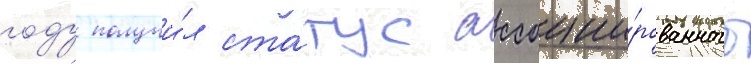
году получи́л ста́тус ассоции́рованного